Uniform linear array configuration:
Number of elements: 8
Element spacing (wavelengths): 0.5
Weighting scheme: exponential
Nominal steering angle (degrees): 60
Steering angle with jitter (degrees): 60.692
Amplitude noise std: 0.05
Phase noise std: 0.05

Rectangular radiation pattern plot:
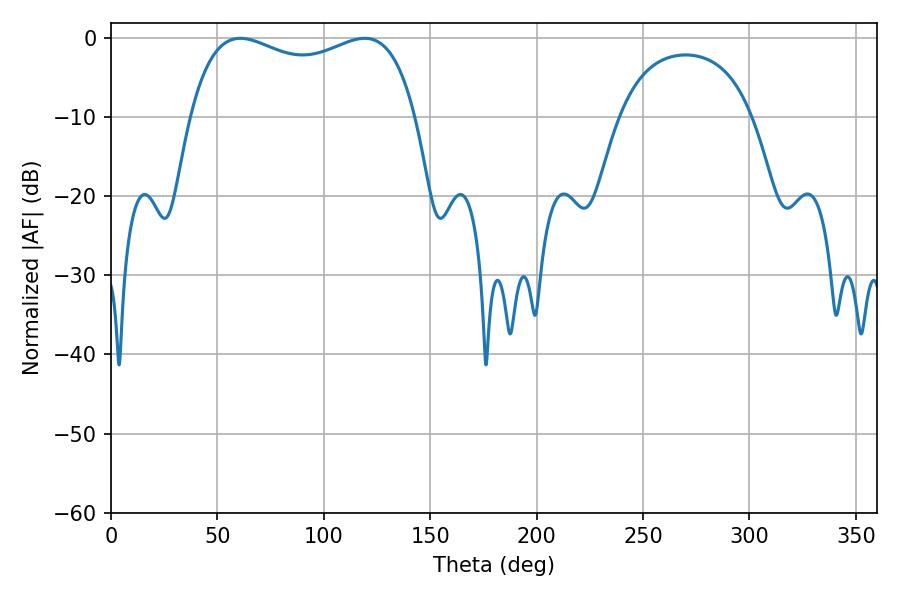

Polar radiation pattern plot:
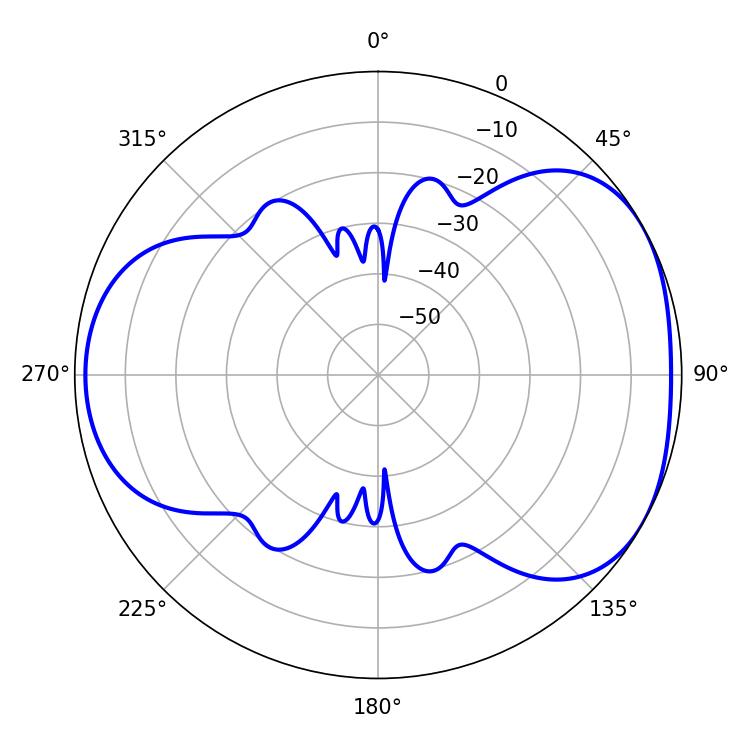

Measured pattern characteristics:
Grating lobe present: FALSE
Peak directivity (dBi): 4.456
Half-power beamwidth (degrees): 87.48
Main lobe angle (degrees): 60.84